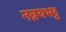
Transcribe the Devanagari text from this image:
नन्नयभट्ट